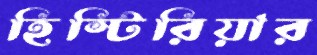
হিস্টিরিয়ার